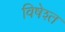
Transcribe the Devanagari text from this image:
विषेश्त